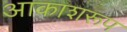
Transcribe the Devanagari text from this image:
आकाशरूप